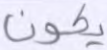
يكون